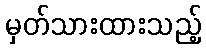
မှတ်သားထားသည့်